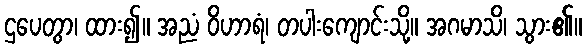
ဌပေတွာ၊ ထား၍။ အညံ ဝိဟာရံ၊ တပါးကျောင်းသို့။ အဂမာသိ၊ သွား၏။